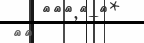
٦١